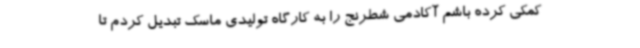
کمکی کرده باشم آکادمی شطرنج را به کارگاه تولیدی ماسک تبدیل کردم تا